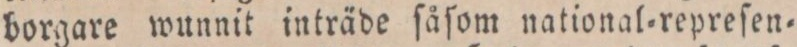
borgare wunnit inträde ſåſom national=repreſen=